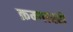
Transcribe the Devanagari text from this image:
क्रम्गास्से